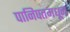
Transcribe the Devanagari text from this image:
पानिपतमधून